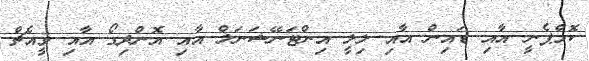
ކޮމްޕެނީ އާއި ޑައިން އާއި ލިލީ އިންޓަނޭޝަނަލް އާއި އޮންދިގޯ އާއި ވީއެޗް